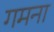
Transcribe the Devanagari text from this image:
गमना